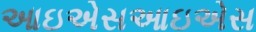
આઇએસઆઇએસ